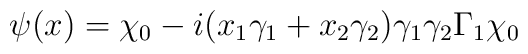
\psi(x)=\chi_0-i(x_1\gamma_1+x_2\gamma_2)\gamma_1\gamma_2 \Gamma_1\chi_0